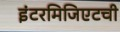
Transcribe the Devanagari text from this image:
इंटरमिजिएटची